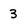
Character: 3